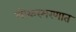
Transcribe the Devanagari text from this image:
लोकस्मरणात